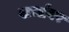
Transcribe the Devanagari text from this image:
खर्चावर